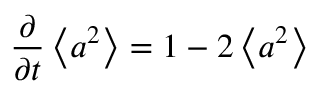
\frac { \partial } { \partial t } \left\langle a ^ { 2 } \right\rangle = 1 - 2 \left\langle a ^ { 2 } \right\rangle